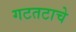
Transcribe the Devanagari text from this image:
गटतटाचे